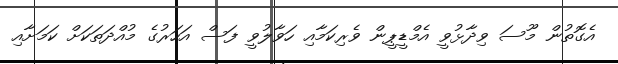
އެގޮތުން މޫސަ ވިދާޅުވީ އެމްޑީޕީން ވެރިކަމާއި ހަވާލުވީ ފަސް އަހަރުގެ މުއްދަތަކަށް ކަމަށާއި